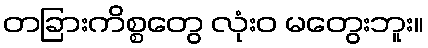
တခြားကိစ္စတွေ လုံးဝ မတွေးဘူး။